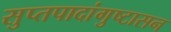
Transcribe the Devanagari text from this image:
सुप्तपादांगुष्टासन